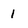
Character: 1